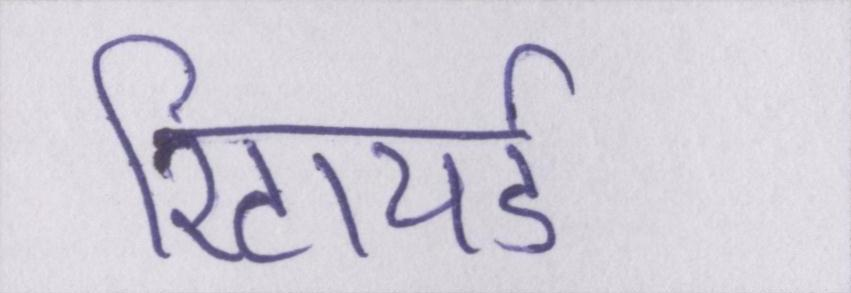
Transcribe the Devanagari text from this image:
रिटायर्ड